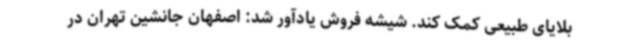
بلایای طبیعی کمک کند. شیشه فروش یادآور شد: اصفهان جانشین تهران در